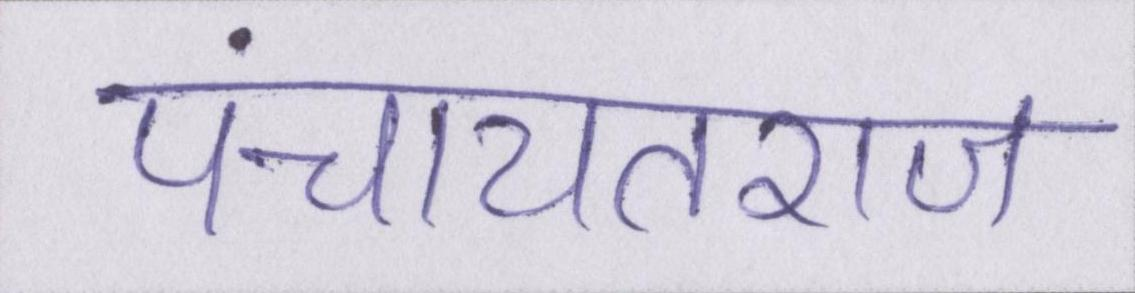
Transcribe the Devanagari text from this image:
पंचायतराज